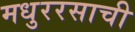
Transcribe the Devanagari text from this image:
मधुररसाची